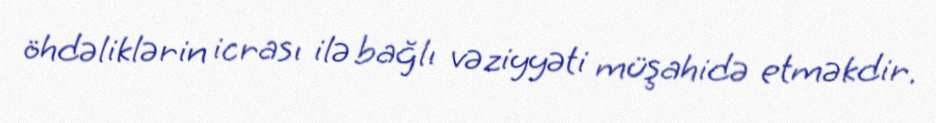
öhdəliklərin icrası ilə bağlı vəziyyəti müşahidə etməkdir.